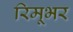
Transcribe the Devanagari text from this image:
रिमूभर